Vaccination report Assam 1874-1896 - 1874-1896
Year: 1874
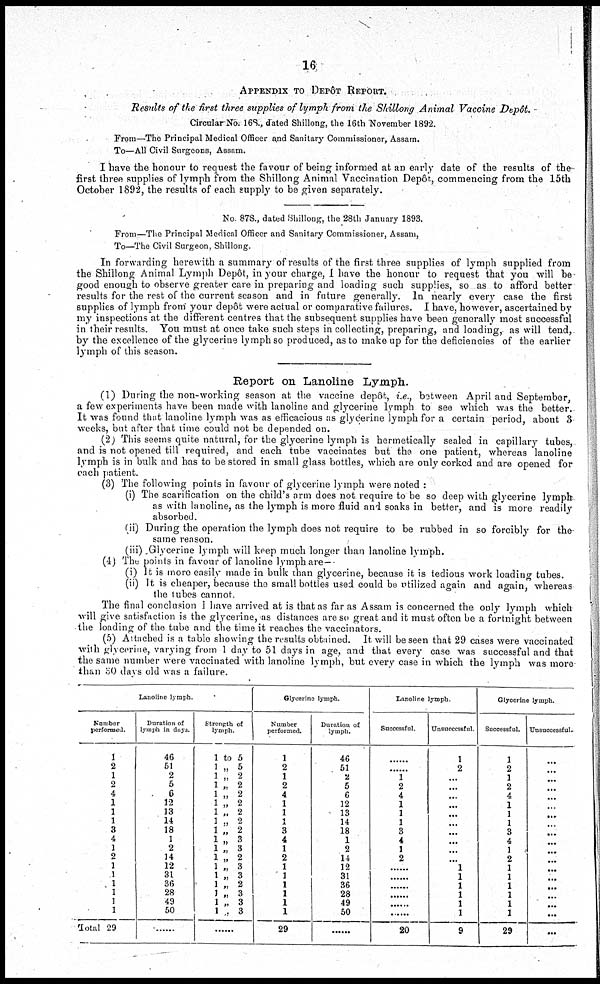
16
APPENDIX TO DEPÔT REPORT.
Results of the first three supplies of lymph from the Shillong Animal Vaccine Depôt.
Circular No. 168., dated Shillong, the 16th November 1892.
From—The Principal Medical Officer and Sanitary Commissioner, Assam.
To—All Civil Surgeons, Assam.
I have the honour to request the favour of being informed at an early date of the results of the
first three supplies of lymph from the Shillong Animal Vaccination Depôr, commencing from the 15th
October 1892, the results of each supply to be given separately.
No 87S., dated Shillong, the 28th January 1893.
From—The Principal Medical Officer and Sanitary Commissioner, Assam,
To—The Civil Surgeon, Shillong.
In forwarding herewith a summary of results of the first three supplies of lymph supplied from
the Shillong Animal Lymph Depôt, in your charge, I have the honour to request that you will be
good enough to observe greater care in preparing and loading such supplies, so as to afford better
results for the rest of the current season and in future generally. In nearly every case the first
supplies of lymph from your Depôt were actual or comparative failures. I have, however, ascertained by
my inspections at the different centres that the subsequent supplies have been generally most successful
in their results. You must at once take such steps in collecting, preparing, and loading, as will tend,
by the excellence of the glycerine lymph so produced, as to make up for the deficiencies of the earlier
lymph of this season.
Report on Lanoline Lymph.
(1) During the non-working season at the vaccine depôt, i.e., between April and September,
a few experiments have been made with lanoline and glycerine lymph to see which was the better.
It was found that lanoline lymph was as efficacious as glycerine lymph for a certain period, about 3
weeks, but after that time could not be depended on.
(2) This seems quite natural, for the glycerine lymph is hermetically sealed in capillary tubes,
and is not opened till required, and each tube vaccinates but the one patient, whereas lanoline
lymph is in bulk and has to be stored in small glass bottles, which are only corked and are opened for
each patient.
(3) The following points in favour of glycerine lymph were noted :
(i) The scarification on the child's arm does not require to be so deep with glycerine lymph
as with lanoline, as the lymph is more fluid and soaks in better, and is more readily
absorbed.
(ii) During the operation the lymph does not require to be rubbed in so forcibly for the
same reason.
(iii) Glycerine lymph will keep much longer than lanoline lymph.
(4) The points in favour of lanoline lymph are—
(i) It is more easily made in bulk than glycerine, because it is tedious work loading tubes.
(ii) It is cheaper, because the small bottles used could be utilized again and again, whereas
the tubes cannot.
The final conclusion I have arrived at is that as far as Assam is concerned the only lymph which
will give satisfaction is the glycerine, as distances are so great and it must often be a fortnight between
the loading of the tube and the time it reaches the vaccinators.
(5) Attached is a table showing the results obtained. It will be seen that 29 cases were vaccinated
with glycerine, varying from 1 day to 51 days in age, and that every case was successful and that
the same number were vaccinated with lanoline lymph, but every case in which the lymph was more
than 30 days old was a failure.
Lanoline lymph.
Number
perforated.
1
2
1
2
4
1
1
1
3
4
1
2
1
1
1
1
1
1
Total 29
Duration of
lymph in days.
46
51
2
5
6
12
13
14
18
1
2
14
12
31
36
28
49
50
.........
Strength of
lymph.
1 to 5
1 „ 5
1 „ 2
1 „ 2
1 „ 2
1 „ 2
1 „ 2
1 „ 2
1„ 2
1 „ 3
1„ 3
1 „ 2
1 „ 3
1 „ 3
1 „ 2
1 „ 3
1 „ 3
1 „ 3
......
Glycerine lymph.
Number
performed.
1
2
1
2
4
1
1
1
3
4
1
2
1
1
1
1
1
1
29
Duration of
lymph.
46
51
2
5
6
12
13
14
18
1
2
14
12
31
36
28
49
50
......
Lanoline lymph.
Successful.
......
......
1
2
4
1
1
1
3
4
1
2
......
......
......
......
......
20
Unsuccessful
1
2
...
...
...
...
...
...
...
...
...
...
1
1
1
1
1
1
9
Glycerine lymph.
Successful.
1
2
1
2
4
1
1
1
3
4
1
2
1
1
1
1
1
1
29
Uusuccessful.
...
...
...
...
...
...
...
...
...
...
...
...
...
...
...
...
...
...
...